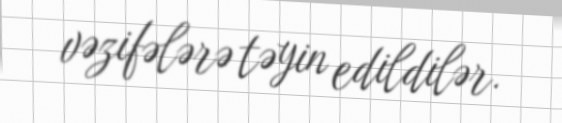
vəzifələrə təyin edildilər.